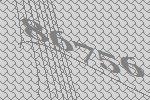
86756